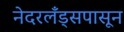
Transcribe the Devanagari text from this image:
नेदरलँड्सपासून